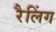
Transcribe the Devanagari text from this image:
रैलिंग